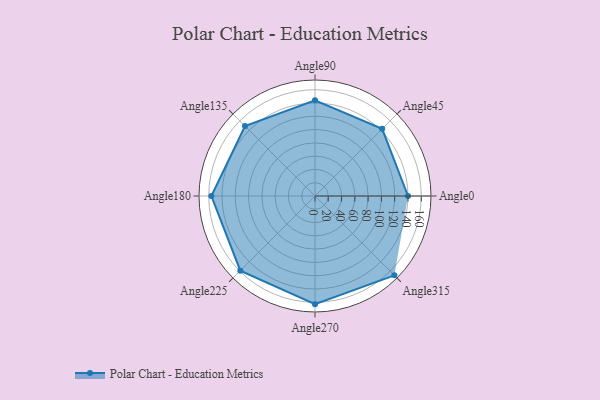
{"axis": {"x": "Angle", "y": "Radius"}, "legend": [""], "data": [{"x": "Angle0", "y": 140.0, "type": ""}, {"x": "Angle45", "y": 143.0, "type": ""}, {"x": "Angle90", "y": 144.0, "type": ""}, {"x": "Angle135", "y": 149.0, "type": ""}, {"x": "Angle180", "y": 156.0, "type": ""}, {"x": "Angle225", "y": 159.0, "type": ""}, {"x": "Angle270", "y": 163.0, "type": ""}, {"x": "Angle315", "y": 169.0, "type": ""}]}